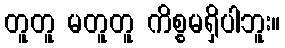
တူတူ မတူတူ ကိစ္စမရှိပါဘူး။